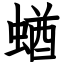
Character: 蝤